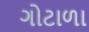
ગોટાળા